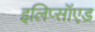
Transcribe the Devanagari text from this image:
इलिप्सॉएड